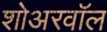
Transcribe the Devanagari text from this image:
शोअरवॉल